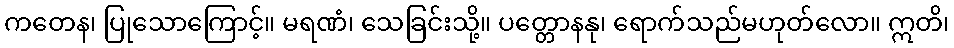
ကတေန၊ ပြုသောကြောင့်။ မရဏံ၊ သေခြင်းသို့။ ပတ္တောနနု၊ ရောက်သည်မဟုတ်လော။ ဣတိ၊